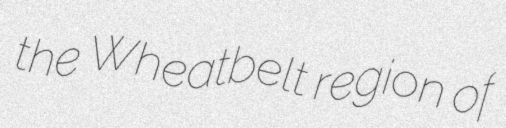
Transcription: the Wheatbelt region of